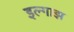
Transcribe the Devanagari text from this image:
इल्गाझ